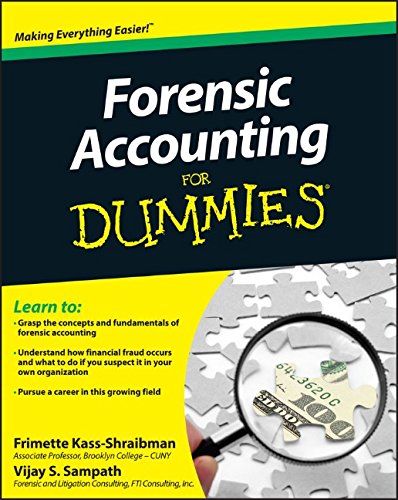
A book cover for Forensic Accounting For Dummies; Frimette Kass-Shraibman; Business & Money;